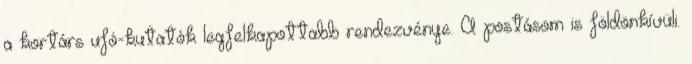
a kortárs ufó-kutatók legfelkapottabb rendezvénye. A postásom is földönkívüli.